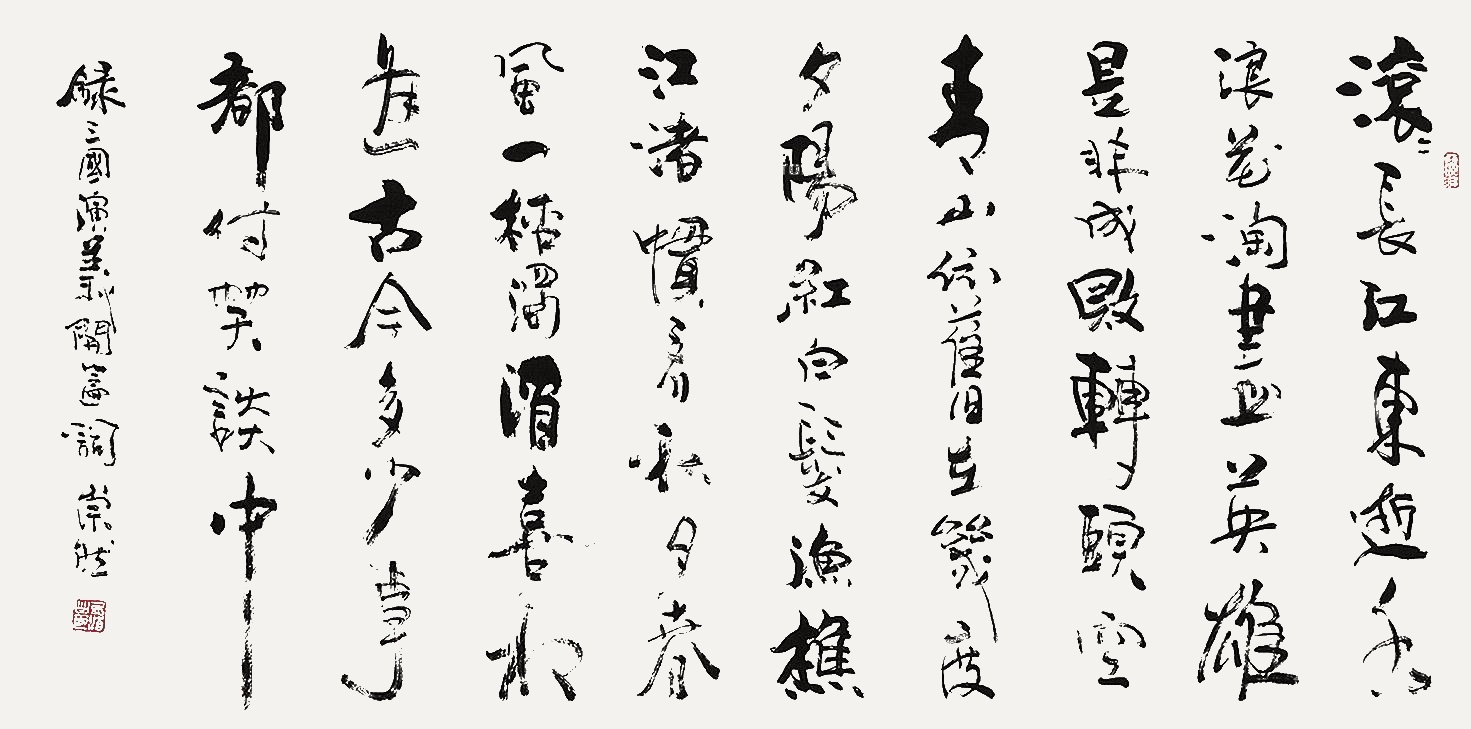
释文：滚滚长江东逝水，浪花淘尽英。是非成败转头空。青山依旧在，几度夕阳红。白发渔樵江渚上，惯看秋月春风。一壶浊酒喜相逢。古今多少事，都付笑谈中。录三国演义开篇词，崇然。